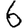
Digit: 6